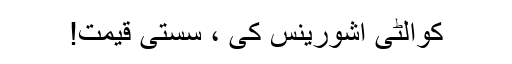
کوالٹی اشورینس کی ، سستی قیمت!